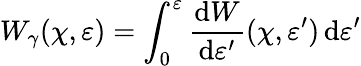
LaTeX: W_{\gamma}(\chi,\varepsilon)=\int_{0}^{\varepsilon}\frac{\mathrm{d}W}{\mathrm{d}\varepsilon^{\prime}}(\chi,\varepsilon^{\prime})\, \mathrm{d}\varepsilon^{\prime}